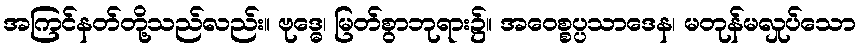
အကြင်နတ်တို့သည်လည်း။ ဗုဒ္ဓေ၊ မြတ်စွာဘုရား၌။ အဝေစ္စပ္ပသာဒေန၊ မတုန်မလှုပ်သော